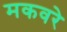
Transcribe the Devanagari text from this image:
मकवरे